Annual report of the Madras Medical College
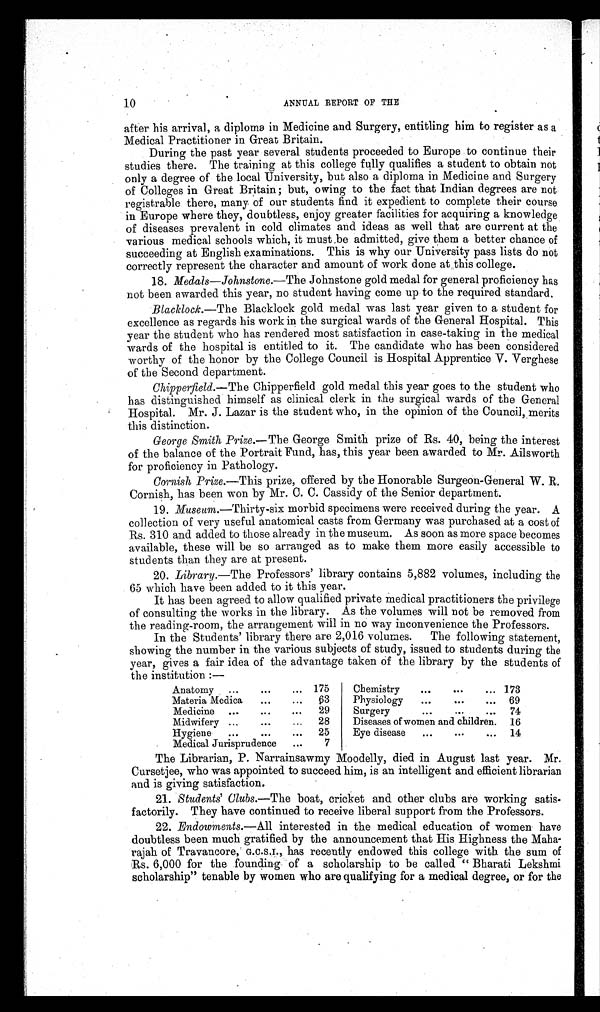
10
ANNUAL REPORT OF THE
after his arrival, a diploma in Medicine and Surgery, entitling him to register as a
Medical Practitioner in Great Britain.
During the past year several students proceeded to Europe to continue their
studies there. The training at this college fully qualifies a student to obtain not
only a degree of the local University, but also a diploma in Medicine and Surgery
of Colleges in Great Britain; but, owing to the fact that Indian degrees are not
registrable there, many of our students find it expedient to complete their course
in Europe where they, doubtless, enjoy greater facilities for acquiring a knowledge
of diseases prevalent in cold climates and ideas as well that are current at the
various medical schools which, it must be admitted, give them a better chance of
succeeding at English examinations. This is why our University pass lists do not
correctly represent the character and amount of work done at this college.
18. Medals—Johnstone.—The Johnstone gold medal for general proficiency has
not been awarded this year, no student having come up to the required standard.
Blacklock.— The Blacklock gold medal was last year given to a student for
excellence as regards his work in the surgical wards of the General Hospital. This
year the student who has rendered most satisfaction in case-taking in the medical
wards of the hospital is entitled to it. The candidate who has been considered
worthy of the honor by the College Council is Hospital Apprentice V. Verghese
of the Second department.
Chipperfield.— The Chipperfield gold medal this year goes to the student who
has distinguished himself as clinical clerk in the surgical wards of the General
Hospital. Mr. J. Lazar is the student who, in the opinion of the Council, merits
this distinction.
George Smith Prize .—The George Smith prize of Rs. 40, being the interest
of the balance of the Portrait Fund, has, this year been awarded to Mr. Ailsworth
for proficiency in Pathology.
Cornish Prize .—This prize, offered by the Honorable Surgeon-General W. R.
Cornish, has been won by Mr. C. C. Cassidy of the Senior department.
19. Museum .—Thirty-six morbid specimens were received during the year. A
collection of very useful anatomical casts from Germany was purchased at a cost of
Rs. 310 and added to those already in the museum. As soon as more space becomes
available, these will be so arranged as to make them more easily accessible to
students than they are at present.
20. Library.—The Professors ' library contains 5,882 volumes, including the
65 which have been added to it this year.
It has been agreed to allow qualified private medical practitioners the privilege
of consulting the works in the library. As the volumes will not be removed from
the reading-room, the arrangement will in no way inconvenience the Professors.
In the Students' library there are 2,016 volumes. The following statement,
showing the number in the various subjects of study, issued to students during the
year, gives a fair idea of the advantage taken of the library by the students of
the institution:—
Anatomy
...
...
. . . 175
Chemistry
...
...
... 173
Materia Modica
..
... 63
Physiology
...
...
... 69
Medicine ...
...
...
29
Surgery
...
...
... 74
Midwifery ...
...
...
28
Diseases of women and children.
16
Hygiene
...
...
...
25
Eye disease
...
...
... 14
Medical Jurisprudence
...
7
The Librarian, P. Narrainsawmy Moodelly, died in August last year. Mr.
Cursetjee, who was appointed to succeed him, is an intelligent and efficient librarian
and is giving satisfaction.
21. Students' Clubs .—The boat, cricket and other clubs are working satis-
factorily. They have continued to receive liberal support from the Professors.
22. Endowments.—All interested in the medical education of women have
doubtless been much gratified by the announcement that His Highness the Maha-
rajah of Travancore, has recently endowed this college with the sum of
Rs. 6,000 for the founding of a scholarship to be called " Bharati Lekshmi
scholarship" tenable by women who are qualifying for a medical degree, or for the